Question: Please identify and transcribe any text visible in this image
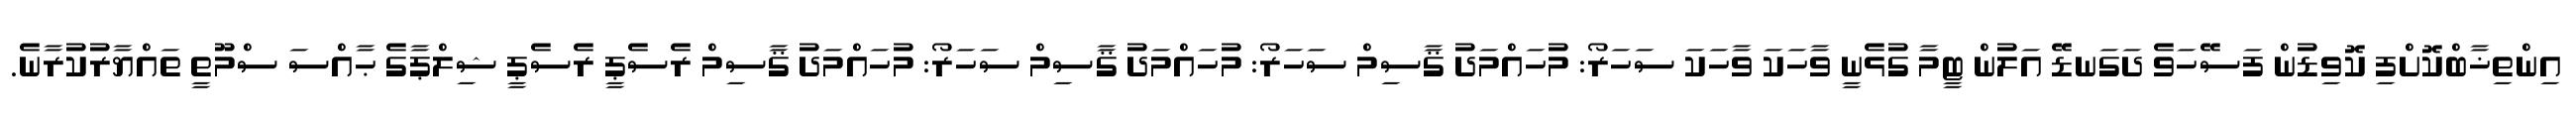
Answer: އިންތިޚާބްކޮށްފި ކޮވިޑުން ފަސޭހަވެ ދަގަނޑޭ އަލުން ޓީމާ ގުޅެނީ ވާހަކަ ވާހަކަ ސަހަރޯ: މުހައްމަދު ޤާސިމް ސަހަރޯ: މުހައްމަދު ޤާސިމް ސަހަރޯ: މުހައްމަދު ޤާސިމް ރެސެޕީ ރެސެޕީ ޝިލްޕާގެ ޙާއްސަ ސްމޫތީ ތައްޔާރުކުރާނެ.